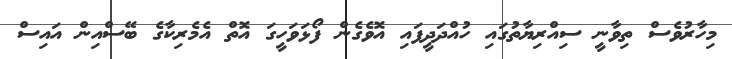
މިހާރުވެސް ތިވާނީ ސިއްރިޔާތުގައި ހުއްދަދީފައި އޮވެގެން ފޯޅަވަހީގަ އޮތް އެމެރިކާގެ ބޭސްއިން އައިސް